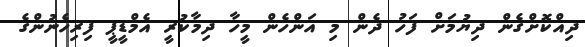
ދިއްކޮށްގެން ދިޔުމަށް ފަހު ދެން މި އަންހެން މީހާ ދިމާކުރީ އެމްޑީޕީ ފިރިހެނުންގެ